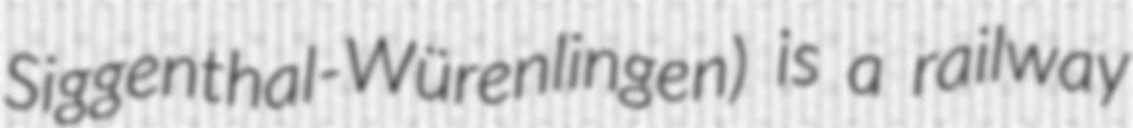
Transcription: Siggenthal-Würenlingen) is a railway